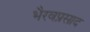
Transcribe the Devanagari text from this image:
भैरवप्रसाद